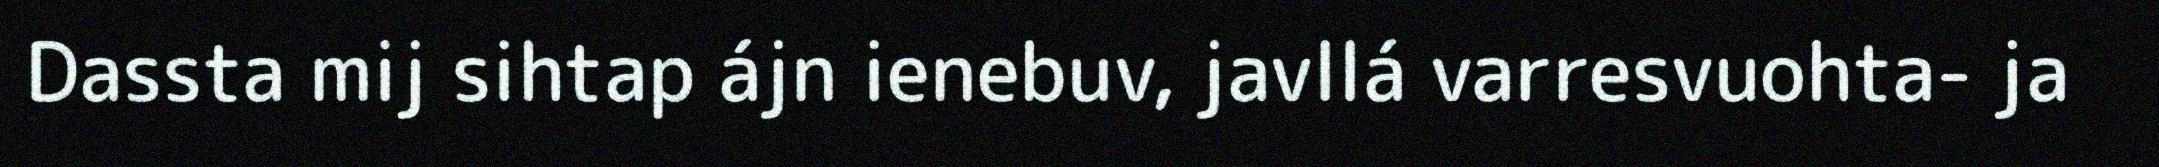
Dassta mij sihtap ájn ienebuv, javllá varresvuohta- ja